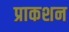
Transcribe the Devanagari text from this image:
प्राकशन